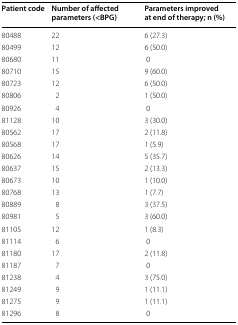
| Patient code | Number of affected parameters (<BPG) | Parameters improved at end of therapy; n (%) |
 | --- | --- | --- |
 | 80488 | 22 | 6 (27.3) |
 | 80499 | 12 | 6 (50.0) |
 | 80680 | 11 | 0 |
 | 80710 | 15 | 9 (60.0) |
 | 80723 | 12 | 6 (50.0) |
 | 80806 | 2 | 1 (50.0) |
 | 80926 | 4 | 0 |
 | 81128 | 10 | 3 (30.0) |
 | 80562 | 17 | 2 (11.8) |
 | 80568 | 17 | 1 (5.9) |
 | 80626 | 14 | 5 (35.7) |
 | 80637 | 15 | 2 (13.3) |
 | 80673 | 10 | 1 (10.0) |
 | 80768 | 13 | 1 (7.7) |
 | 80889 | 8 | 3 (37.5) |
 | 80981 | 5 | 3 (60.0) |
 | 81105 | 12 | 1 (8.3) |
 | 81114 | 6 | 0 |
 | 81180 | 17 | 2 (11.8) |
 | 81187 | 7 | 0 |
 | 81238 | 4 | 3 (75.0) |
 | 81249 | 9 | 1 (11.1) |
 | 81275 | 9 | 1 (11.1) |
 | 81296 | 8 | 0 |